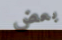
بعض